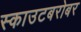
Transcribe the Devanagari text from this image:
स्काउटबरोबर